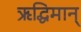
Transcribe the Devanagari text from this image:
ऋद्धिमान्‌